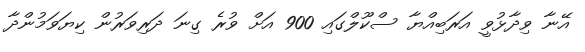
އޭނާ ވިދާޅުވީ އަރަބިއްޔާ ސްކޫލްގައި 900 އަށް ވުރެ ގިނަ ދަރިވަރުން ކިޔަވަމުންދާ